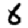
Digit: 6